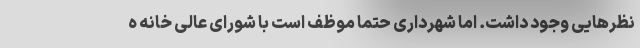
نظرهایی وجود داشت. اما شهرداری حتما موظف است با شورای عالی خانه ه